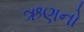
ઋણનો